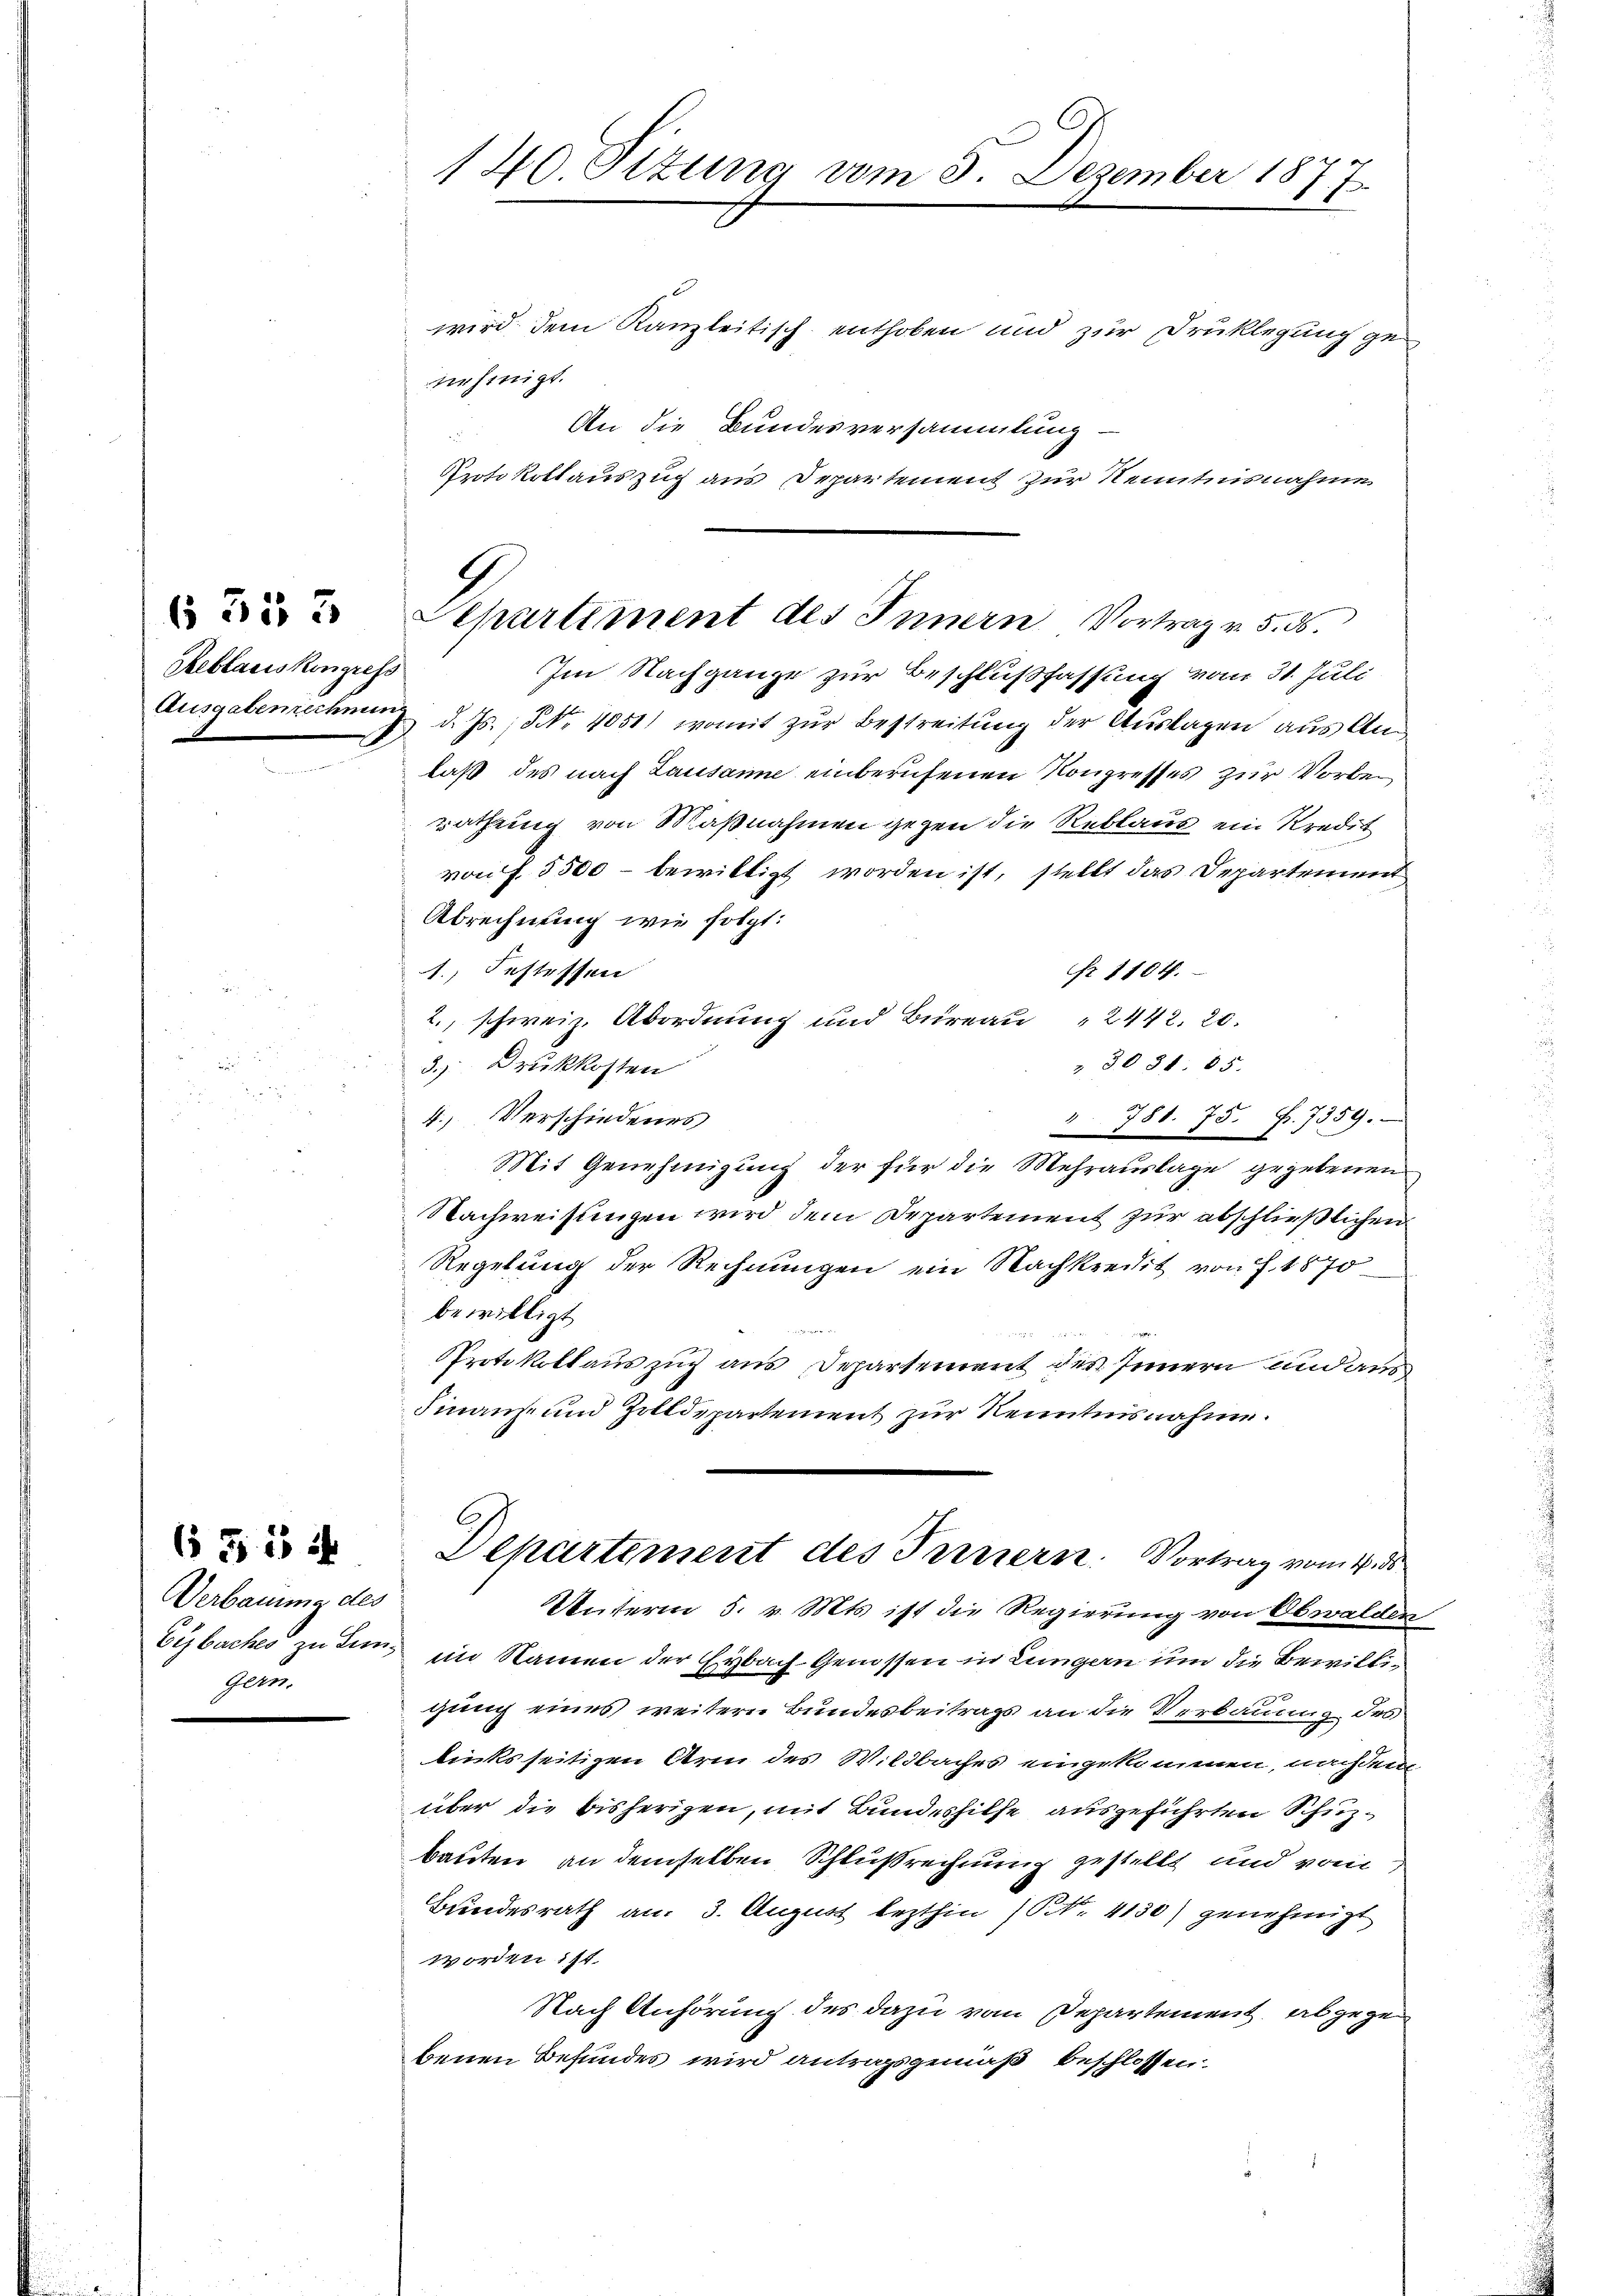
Reblauskingress
Ausgabenrechnung

635, 3

( 515 f
Verbauung des
Eisbaches zu tun¬
Ger.

140 Sizung vom 5. Dezember 1877

9
Separtiment des Innern Vortrag v. 5. d.

wird dem Kanzleitisch enthoben und zur Druklegung genehinigt.
An die Bundesversammlung
Protokollauszug aus Departement zur Kenntnisnahme
Im Nachgange zur Beschlußfassung vom 31. Juli
d. d. Js., Nr. 4051) womit zur Bestreitung der Auslagen aus Anlaß des nach Lausanne einberufenen Kongresses zur Vorberathung von Maßnahmen gegen die Reblaus ein Kredit
von f. 5500 – bewilligt worden ist, stellt das Departement
Abrechnung wie folgt:
Nr. 1104.
1. Festessen
2., schweiz. Abordnung und Büreau " 2442. 20.
3051. 85.
3.) Druckkosten
4. Verschiedenes
" 781. 75. Fr. 7359.
Mit Genehmigung der für die Mehrauslage gegebenen
Nachweisungen wird dem Departement zur abschließlichen
Regelung der Rechnungen ein Nachkredit von J. 1870
bewilligt
Protokollauszug aus Departement des Innern und aus
Finanz- und Zolldepartement zur Kenntnisnahme.
Departement des Fernern. Vortrag vom 4. ds
Unterm 5. v. Mts. ist die Regierung von Obwalden
im Namen der Eybach Genossen in Lungern um die Bewilligung eines weitern Bundesbeitrags an die Verbauung des
linksseitigen Arm des Wildbaches eingekommen, nachdem
über die bisherigen, mit Bundeshilfe ausgeführten Schuzbauten, an demselben Schlußrechnung gestellt und vom
Bundesrath an. 3. August lezthin (NNo. 4130) genehmigt
worden ist.
Nach Anhörung des dazu vom Departement, abgegen
benen Befundes wird antragsgemäß beschlossen:

e